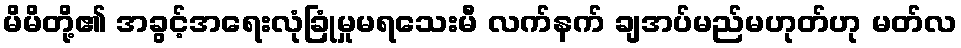
မိမိတို့၏ အခွင့်အရေးလုံခြုံမှုမရသေးမီ လက်နက် ချအပ်မည်မဟုတ်ဟု မတ်လ